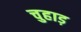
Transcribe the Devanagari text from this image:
चुहाड़